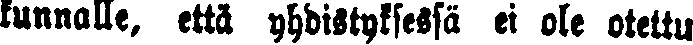
kunnalle, että yhdistyksessä ei ole otettu